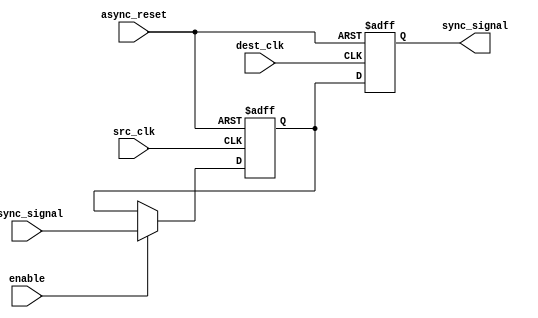
module signal_crossing_synchronizer #(
    parameter WIDTH = 1 // Width of the synchronized signal
) (
    input wire [WIDTH-1:0] async_signal,     // Input signal from the source clock domain
    input wire src_clk,                      // Source clock
    input wire dest_clk,                     // Destination clock
    input wire async_reset,                  // Asynchronous reset signal
    input wire enable,                       // Enable signal for synchronizer (optional)
    output reg [WIDTH-1:0] sync_signal      // Synchronized output signal
);

    // Internal signals for double-flop synchronization
    reg [WIDTH-1:0] sync_stage_1;

    // First flip-flop (captures the async signal in source clock domain)
    always @(posedge src_clk or posedge async_reset) begin
        if (async_reset) begin
            sync_stage_1 <= {WIDTH{1'b0}}; // Reset stage 1
        end else if (enable) begin
            sync_stage_1 <= async_signal;   // Capture async signal
        end
    end

    // Second flip-flop (samples the first flip-flop output in dest clock domain)
    always @(posedge dest_clk or posedge async_reset) begin
        if (async_reset) begin
            sync_signal <= {WIDTH{1'b0}}; // Reset synchronized output
        end else begin
            sync_signal <= sync_stage_1;   // Capture synchronized signal
        end
    end

endmodule